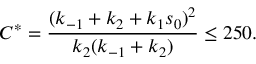
C ^ { * } = \frac { ( k _ { - 1 } + k _ { 2 } + k _ { 1 } s _ { 0 } ) ^ { 2 } } { k _ { 2 } ( k _ { - 1 } + k _ { 2 } ) } \leq 2 5 0 .